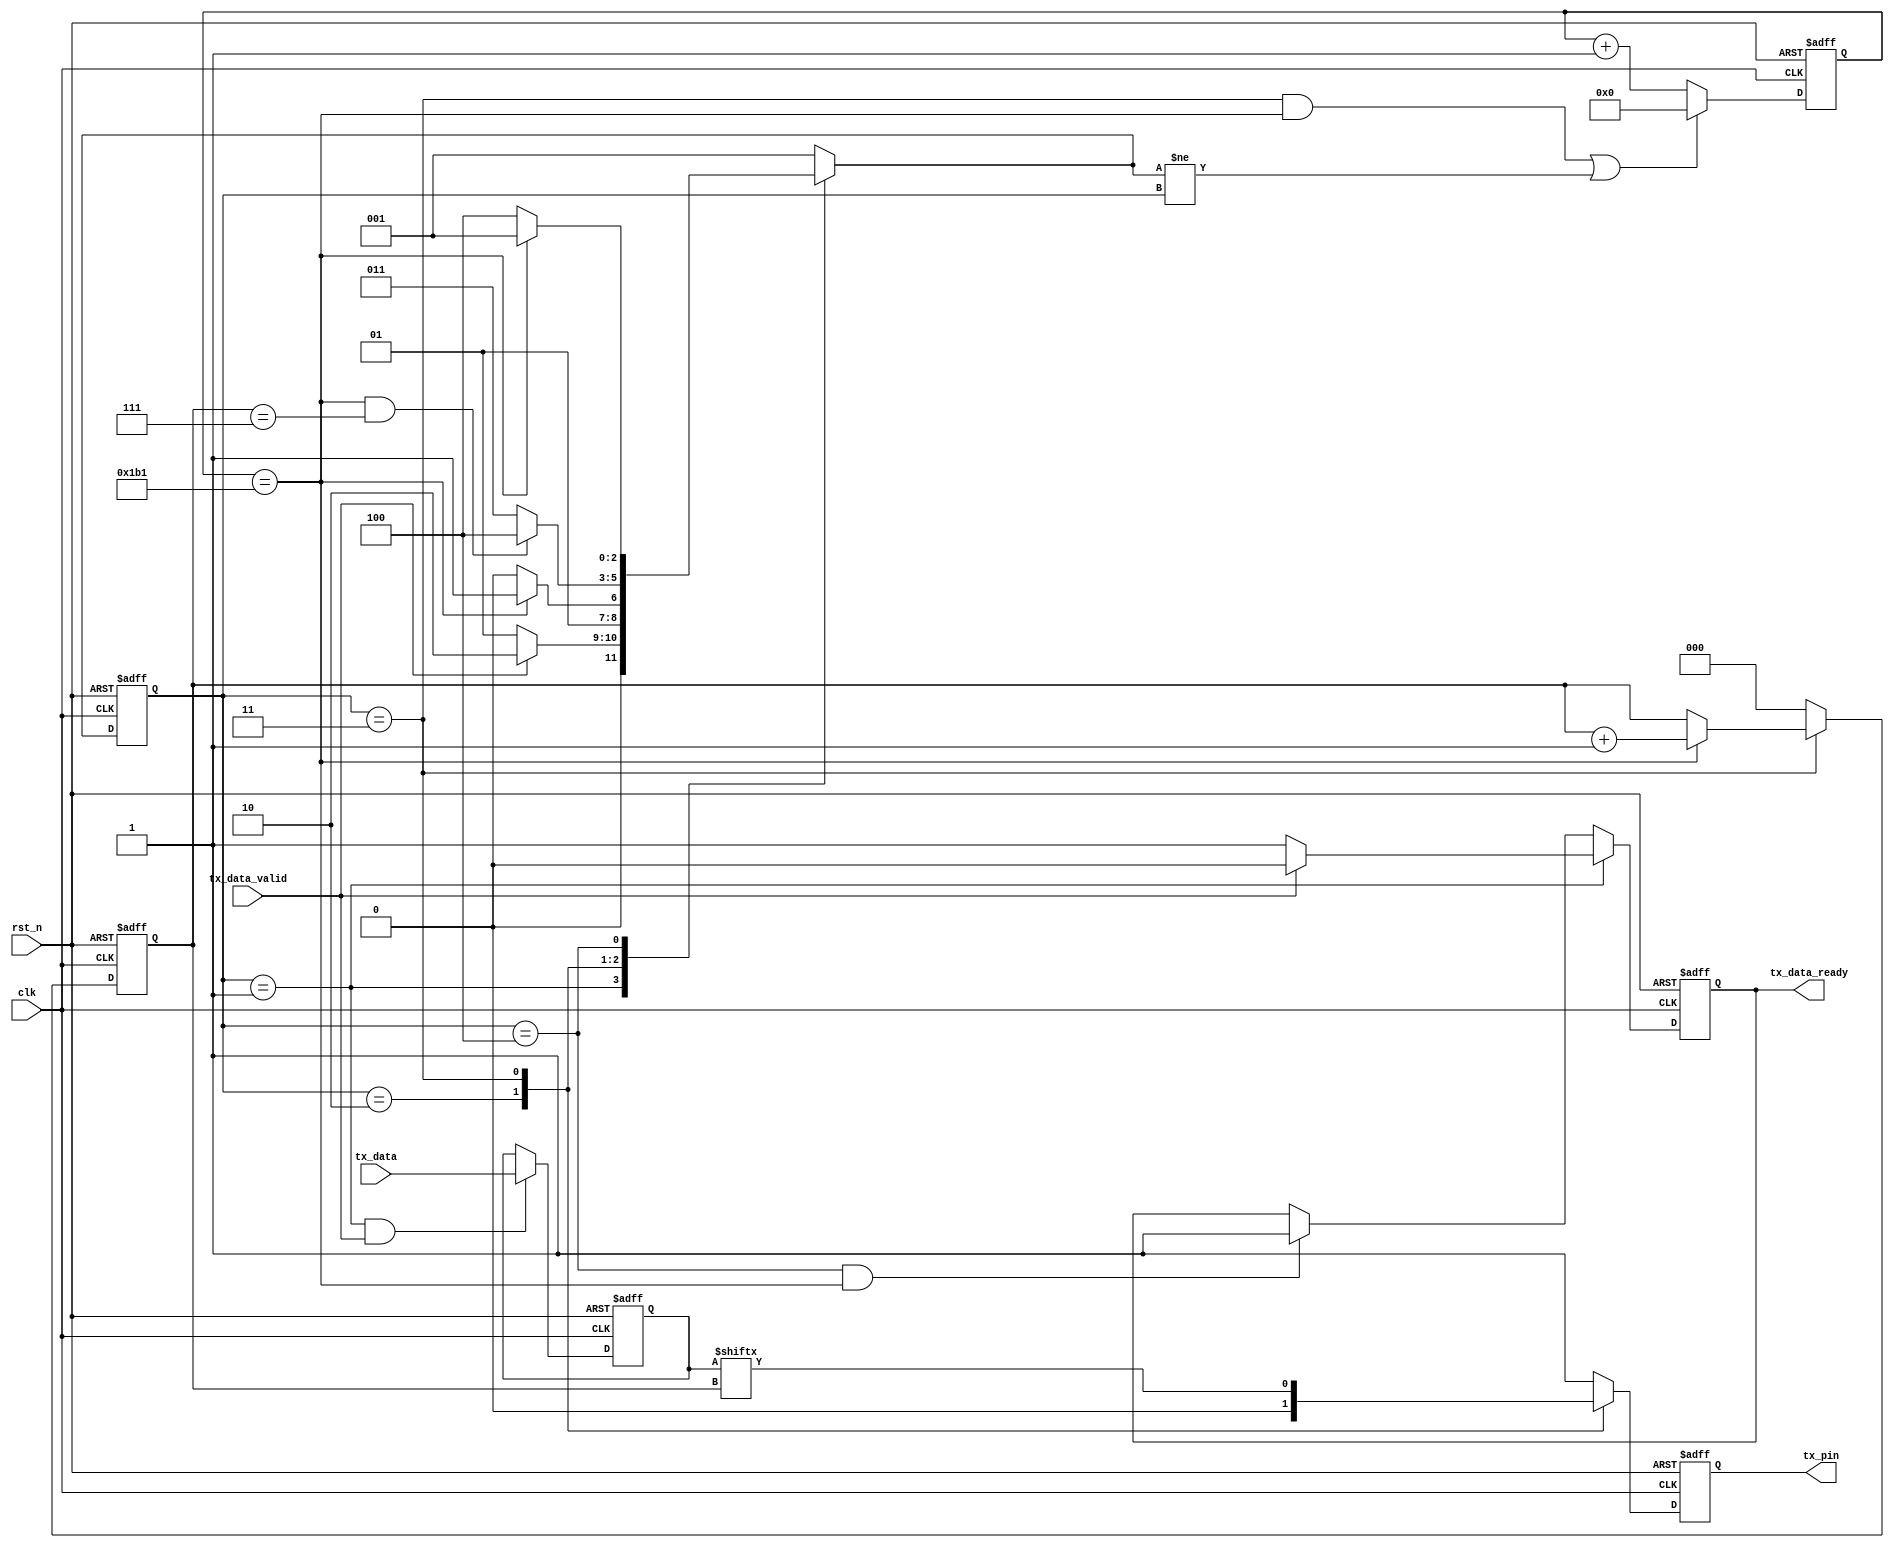
module uart_tx
#(
	parameter CLK_FRE = 50,      //clock frequency(Mhz)
	parameter BAUD_RATE = 115200 //serial baud rate
)
(
	input                        clk,              //clock input
	input                        rst_n,            //asynchronous reset input, low active 
	input[7:0]                   tx_data,          //data to send
	input                        tx_data_valid,    //data to be sent is valid
	output reg                   tx_data_ready,    //send ready
	output                       tx_pin            //serial data output
);
//calculates the clock cycle for baud rate 
localparam                       CYCLE = CLK_FRE * 1000000 / BAUD_RATE;//434.027
//state machine code
localparam                       S_IDLE       = 1;
localparam                       S_START      = 2;//start bit
localparam                       S_SEND_BYTE  = 3;//data bits
localparam                       S_STOP       = 4;//stop bit
reg[2:0]                         state;
reg[2:0]                         next_state;
reg[15:0]                        cycle_cnt; //baud counter
reg[2:0]                         bit_cnt;//bit counter
reg[7:0]                         tx_data_latch; //latch data to send
reg                              tx_reg; //serial data output
assign tx_pin = tx_reg;
//
always@(posedge clk or negedge rst_n)
begin
	if(rst_n == 1'b0)
		state <= S_IDLE;
	else
		state <= next_state;
end
//
always@(*)
begin
	case(state)
		S_IDLE:
			if(tx_data_valid == 1'b1)
				next_state <= S_START;
			else
				next_state <= S_IDLE;
		S_START:
			if(cycle_cnt == CYCLE - 1)
				next_state <= S_SEND_BYTE;
			else
				next_state <= S_START;
		S_SEND_BYTE:
			if(cycle_cnt == CYCLE - 1  && bit_cnt == 3'd7)
				next_state <= S_STOP;
			else
				next_state <= S_SEND_BYTE;
		S_STOP:
			if(cycle_cnt == CYCLE - 1)
				next_state <= S_IDLE;
			else
				next_state <= S_STOP;
		default:
			next_state <= S_IDLE;
	endcase
end
//
always@(posedge clk or negedge rst_n)
begin
	if(rst_n == 1'b0)
		begin
			tx_data_ready <= 1'b0;
		end
	else if(state == S_IDLE)
		if(tx_data_valid == 1'b1)//
			tx_data_ready <= 1'b0;//
		else
			tx_data_ready <= 1'b1;
	else if(state == S_STOP && cycle_cnt == CYCLE - 1)
			tx_data_ready <= 1'b1;
end

//
always@(posedge clk or negedge rst_n)
begin
	if(rst_n == 1'b0)
		begin
			tx_data_latch <= 8'd0;
		end
	else if(state == S_IDLE && tx_data_valid == 1'b1)// 
			tx_data_latch <= tx_data;
		
end
//
always@(posedge clk or negedge rst_n)
begin
	if(rst_n == 1'b0)
		begin
			bit_cnt <= 3'd0;
		end
	else if(state == S_SEND_BYTE)
		if(cycle_cnt == CYCLE - 1)//
			bit_cnt <= bit_cnt + 3'd1;
		else
			bit_cnt <= bit_cnt;
	else
		bit_cnt <= 3'd0;
end

//
always@(posedge clk or negedge rst_n)
begin
	if(rst_n == 1'b0)
		cycle_cnt <= 16'd0;
	else if((state == S_SEND_BYTE && cycle_cnt == CYCLE - 1) || next_state != state)
		cycle_cnt <= 16'd0;
	else
		cycle_cnt <= cycle_cnt + 16'd1;	
end

//
always@(posedge clk or negedge rst_n)
begin
	if(rst_n == 1'b0)
		tx_reg <= 1'b1;
	else
		case(state)
			S_IDLE,S_STOP:
				tx_reg <= 1'b1;// 
			S_START:
				tx_reg <= 1'b0; 
			S_SEND_BYTE:
				tx_reg <= tx_data_latch[bit_cnt];//
			default:
				tx_reg <= 1'b1; //
		endcase
end

endmodule